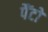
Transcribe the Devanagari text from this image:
पैंटों